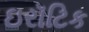
ઇરૉટિક